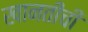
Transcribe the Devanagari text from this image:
खानतीची